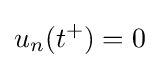
u_{n}(t^{+})=0